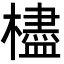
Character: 㯸